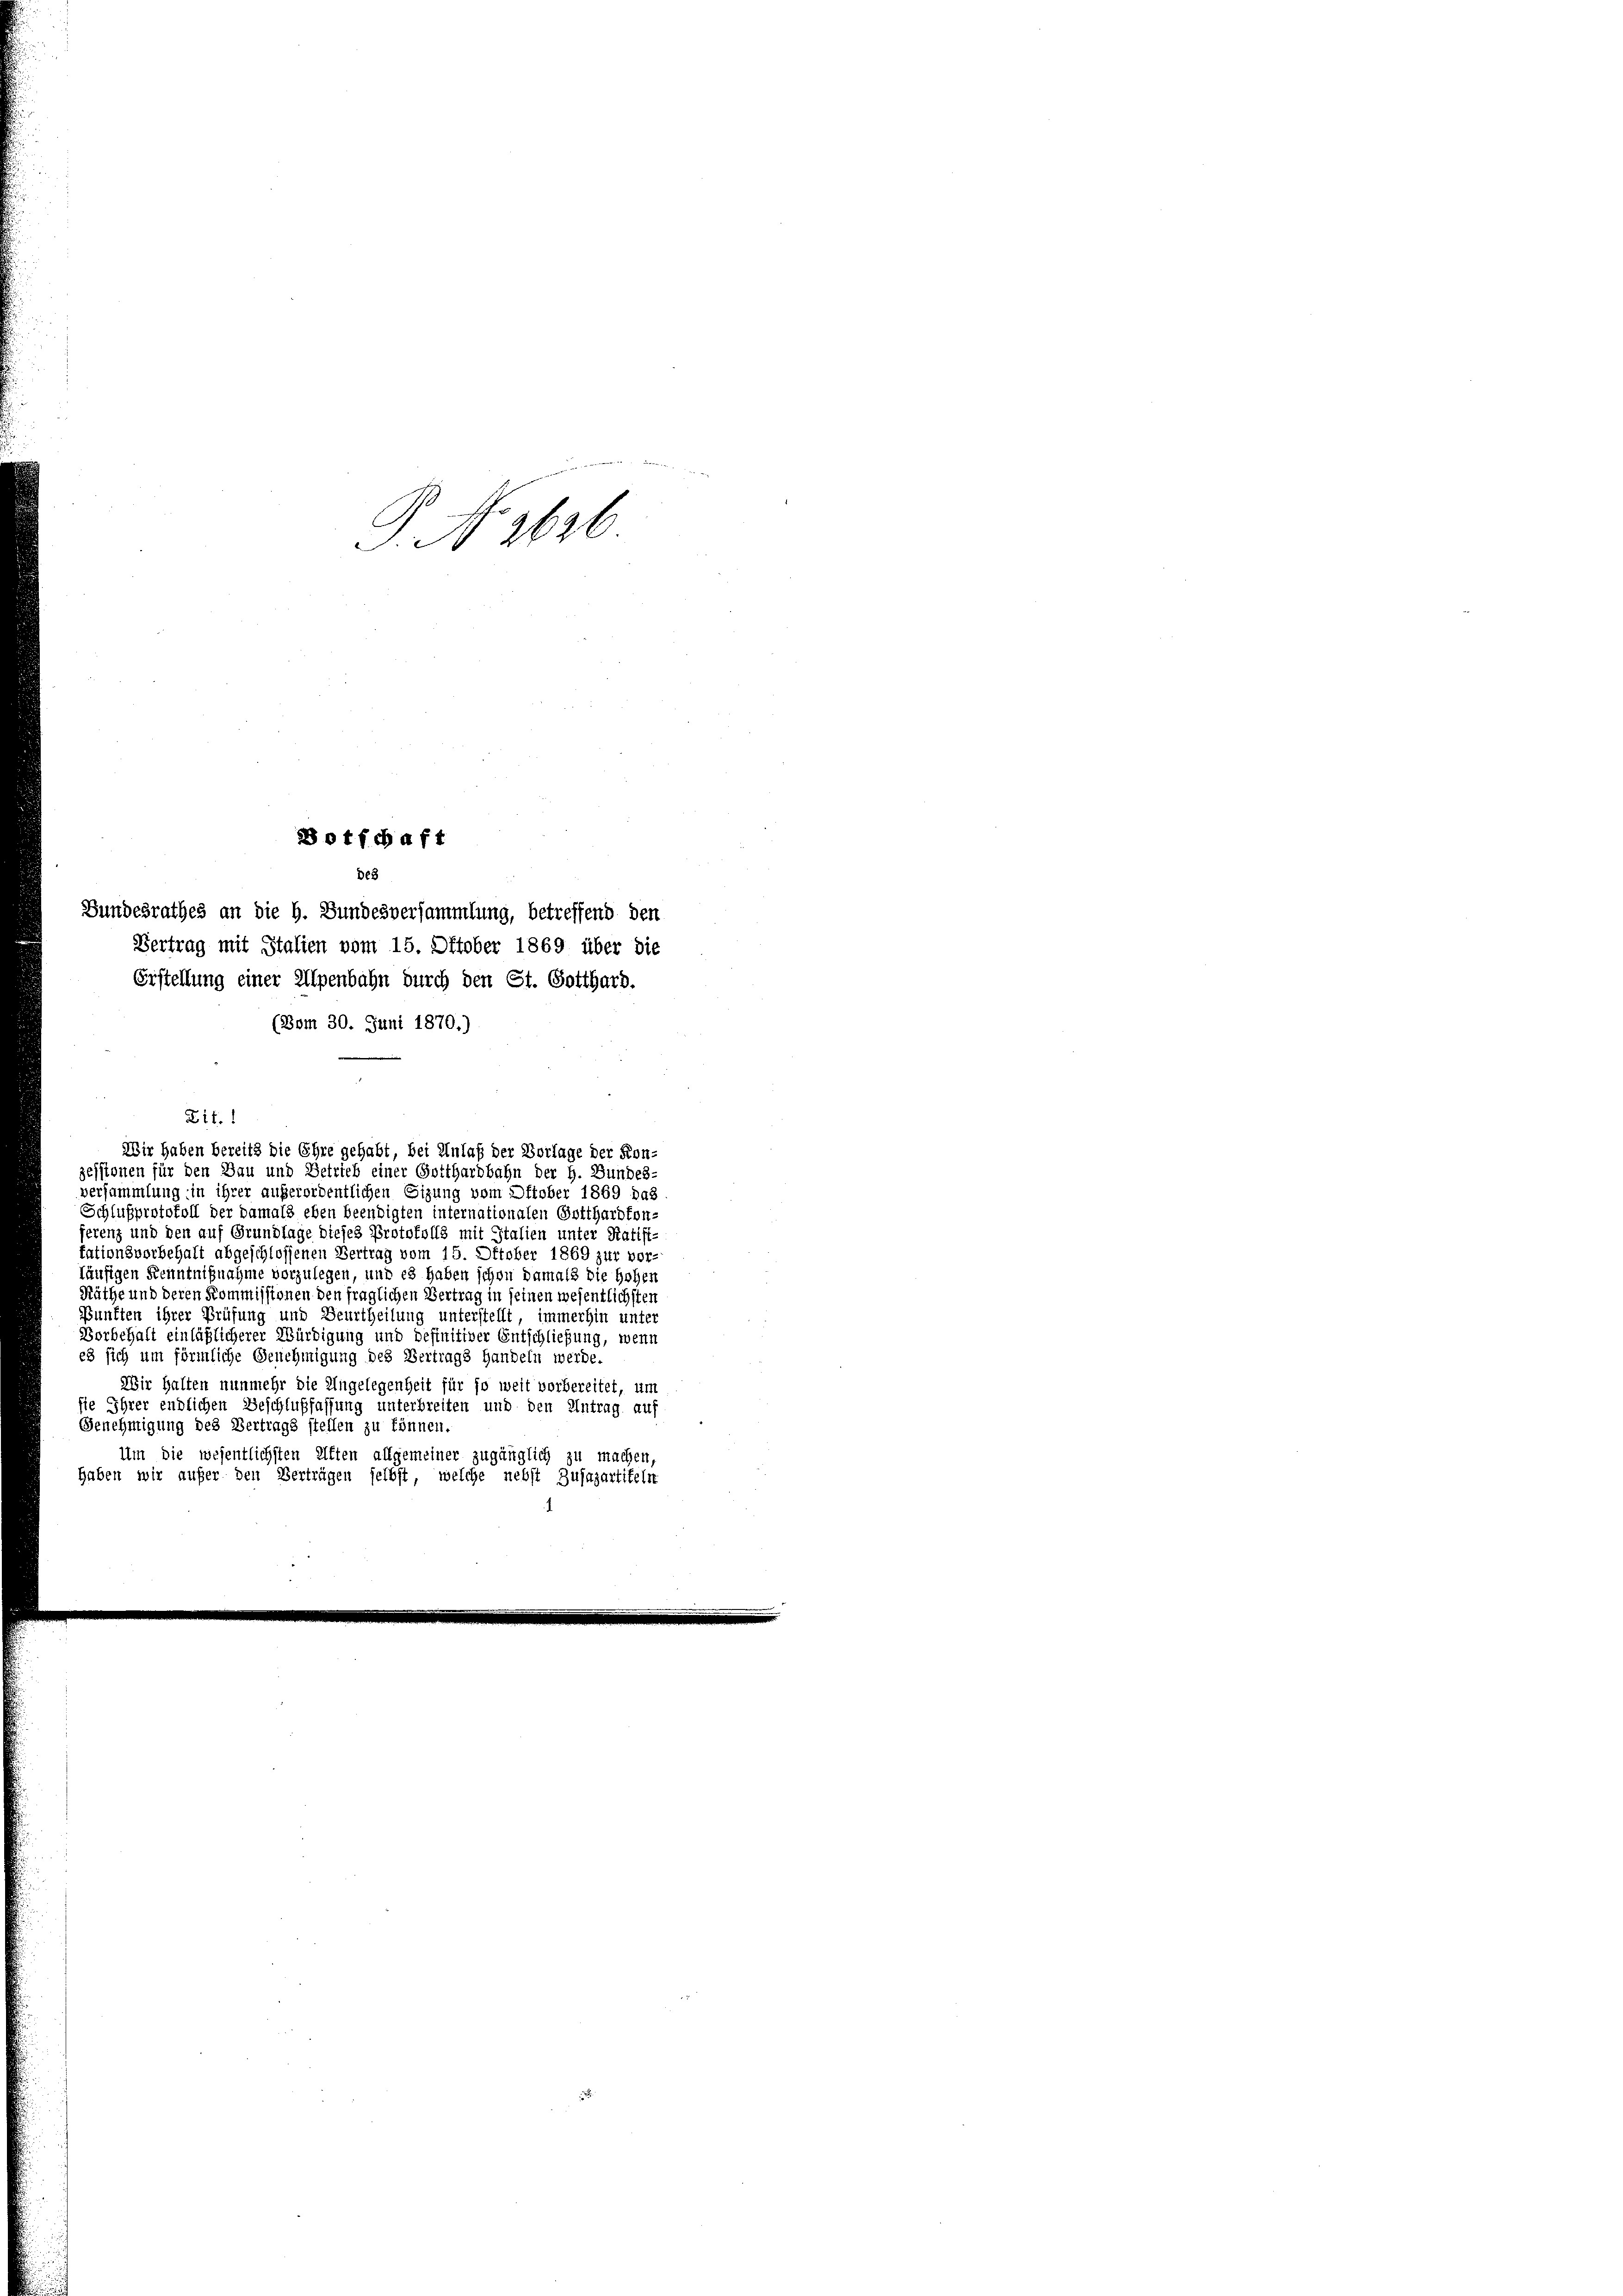
Bundesrathes an die H. Bundesversammlung, betreffend den
Erstellung einer Alpenbahn durch den St. Gotthard.
(Bom 30. Juni 1870.)

.
S. 2622

Botschaft
des

Vertrag mit Stalien vom 15. Oktober 1869 über die
zessionen für den Bau und Betrieb einer Gotthardbahn der H. Bundes-
versammlung in ihrer außerordentlichen Sizung vom Ottober 1869 das
Schlußprotokoll der damals eben beendigten internationalen Gotthardton-
erenz und den auf Grundlage dieses Protokolls mit Italien unter Ratifi-
tationsvorbehalt abgeschlossenen Vertrag vom 15. Oktober 1869 zur vor-
läufigen Kenntnißnahme vorzulegen, und es haben schon damals die Hohen
Räthe und deren Kommissionen den fraglichen Vertrag in seinen wesentlichsten
Bunften ihrer Prüfung und Beurtheilung unterstellt, immerhin unter
Dorbehalt einläßlicherer Würdigung und definitiver Entschließung, wenn
es sich um förmliche Genehmigung des Vertrags Handeln werde.
Wir halten nunmehr die Ungelegenheit für so weit vorbereitet, um
sie Ihrer endlichen Beschlußfassung unterbreiten und den Antrag auf
Genehmigung des Vertrags stellen zu können.
Um die wesentlichsten Aften allgemeiner zugänglich zu machen,
haben wir aufer den Verträgen selbst, welche nebst Zusazartiteln

Lit. 1
Wir haben bereits die Ehre gehabt, bei Anlaß der Vorlage der Kon-